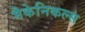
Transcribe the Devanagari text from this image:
मैकेनिकल्स